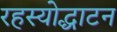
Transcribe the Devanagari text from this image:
रहस्योद्धाटन